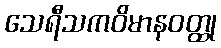
သေရီသကဝိမာနဝတ္ထု